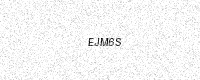
Text: EJM6S